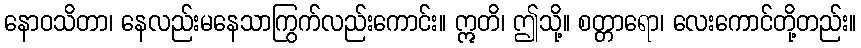
နောဝသိတာ၊ နေလည်းမနေသာကြွက်လည်းကောင်း။ ဣတိ၊ ဤသို့။ စတ္တာရော၊ လေးကောင်တို့တည်း။